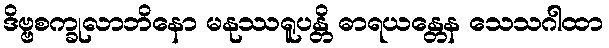
ဒိဗ္ဗစက္ခုလာဘိနော မနုဿရူပန္တိ ဓာရယန္တေန သေသဂါထာ